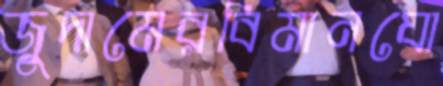
জুদামেরবিমানযো